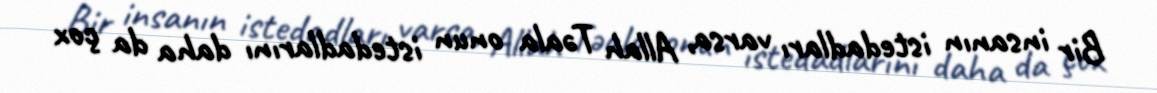
Bir insanın istedadları varsa, Allah Təala onun istedadlarını daha da çox